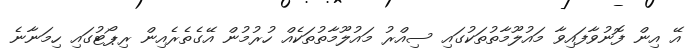
އޭ އިން ފޮނުވާފައިވާ މައުލޫމާތުތަކުގައި ސިއްރު މައުލޫމާތުތަކެއް ހުރުމުން އޭގެތެރެއިން ރިޕޯޓުގައި ހިމަނާނެ